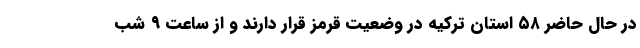
در حال حاضر ۵۸ استان ترکیه در وضعیت قرمز قرار دارند و از ساعت ۹ شب